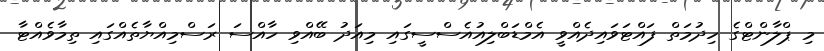
މި ޕްލާންޓްގެ ހިދުމަތް ފައްޓަވައިދެއްވީ އެމްޑަބްލިއުއެސްސީގައި މިއަދު ބޭއްވި ހާއްސަ ރަސްމިއްޔާތެއްގައި ތިމާވެއްޓާ